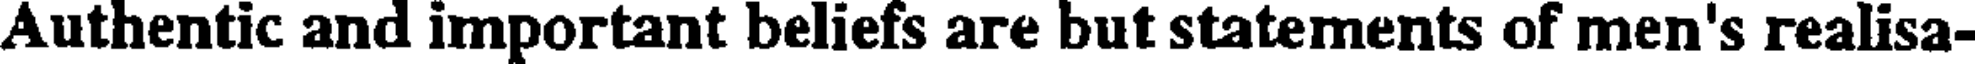
Authentic and important beliefs are but statements of men's realisa-